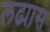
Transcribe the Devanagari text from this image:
लढ्यास